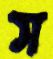
স